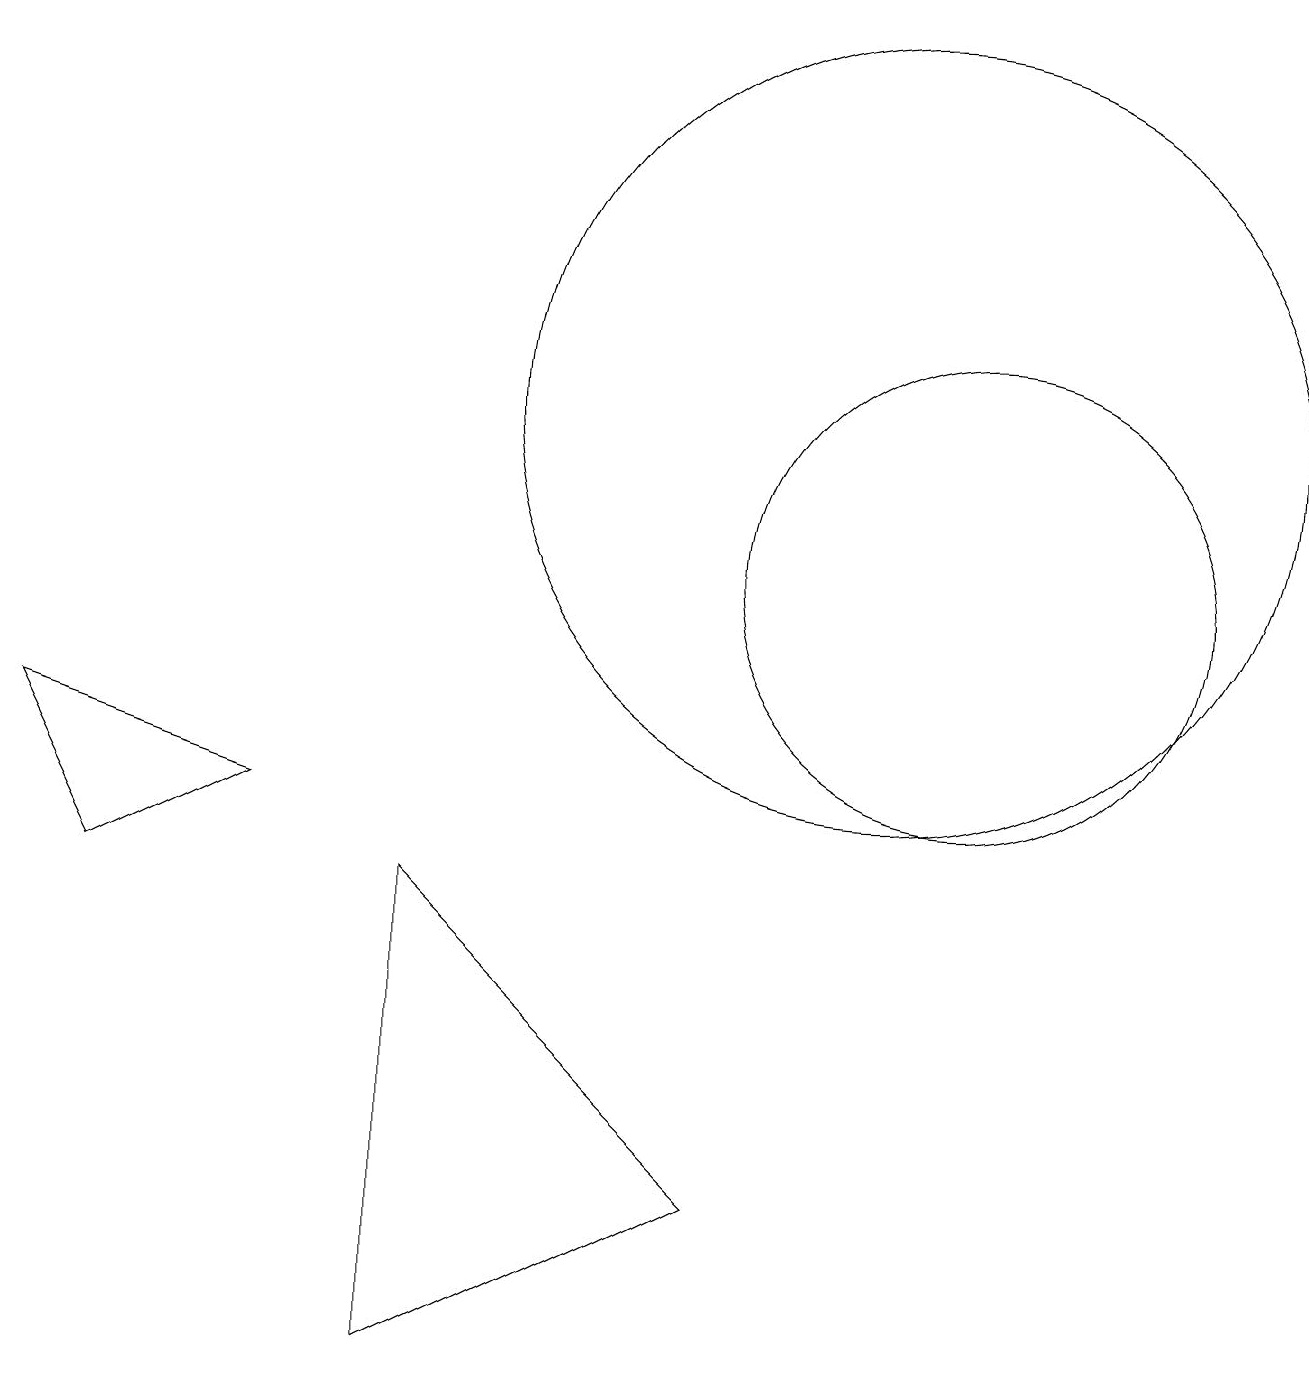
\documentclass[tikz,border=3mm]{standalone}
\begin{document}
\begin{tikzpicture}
\draw (12,10) circle (3);
\draw (3,7) -- (1,6) -- (0,8) -- cycle;
\draw (11,12) circle (5);
\draw (5,6) -- (9,2) -- (5,0) -- cycle;
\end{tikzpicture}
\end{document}